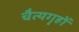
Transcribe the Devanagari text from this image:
चैत्यगृहों